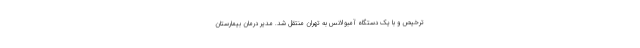
ترخیص و با یک دستگاه آمبولانس به تهران منتقل شد. مدیر درمان بیمارستان